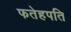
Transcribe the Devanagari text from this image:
फतेहपति